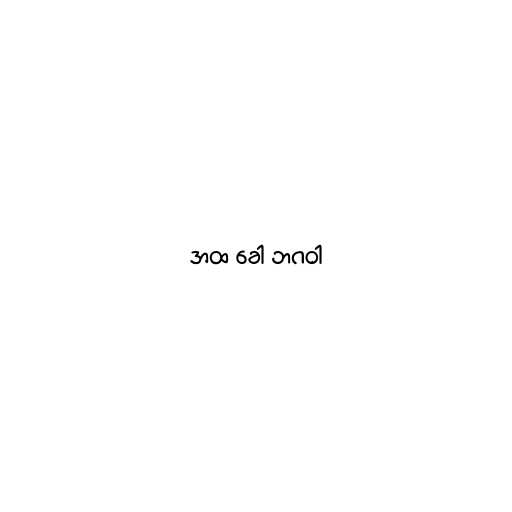
အထ ခေါ ဘဂဝါ